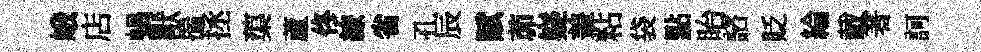
峨店蝸獸揣拯蕖蘆佟繚省孔辰賦茆嶷盖粘袋點眙諮貶綸載著訶